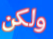
ولكن